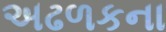
અઢળકના